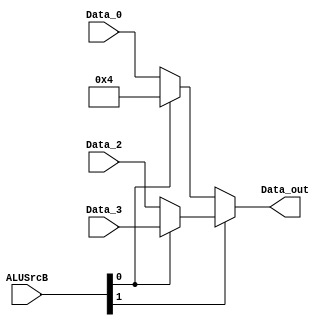
module mux_aluB(
    input wire [1:0] ALUSrcB,
    input wire [31:0] Data_0, // rt       // 00
    //                Data_1  =  4        // 01
    input wire [31:0] Data_2, // SE       // 10
    input wire [31:0] Data_3, // SE + SL2 // 11
    output wire [31:0] Data_out
);

    parameter four = 32'd4;
    wire [31:0] out1;
    wire [31:0] out2;

    /*
        Data_0 -- 0|
        four   -- 1| -- out1 -- 0\
        Data_2 -- 0|              | -- Data_out ->
        Data_3 -- 1| -- out2 -- 1/
    */

    assign out1 = (ALUSrcB[0]) ? four : Data_0;
    assign out2 = (ALUSrcB[0]) ? Data_3 : Data_2;
    assign Data_out = (ALUSrcB[1]) ? out2 : out1;

endmodule